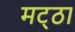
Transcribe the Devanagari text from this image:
मट्‌ठा